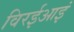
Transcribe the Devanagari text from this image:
विरईआइं